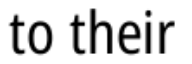
to their